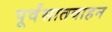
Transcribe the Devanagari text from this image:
पूर्वंसातवाहन